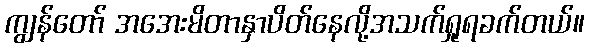
ကျွန်တော် အအေးမိတာနှာပိတ်နေလို့အသက်ရှုရခက်တယ်။